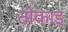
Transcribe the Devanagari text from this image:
तोकाइ